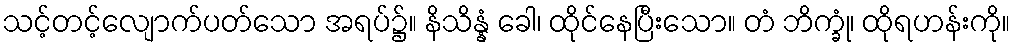
သင့်တင့်လျောက်ပတ်သော အရပ်၌။ နိသိန္နံ ခေါ၊ ထိုင်နေပြီးသော။ တံ ဘိက္ခုံ၊ ထိုရဟန်းကို။